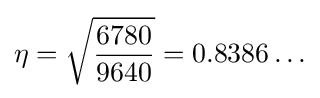
\eta ={\sqrt {\frac {6780}{9640}}}=0.8386\ldots